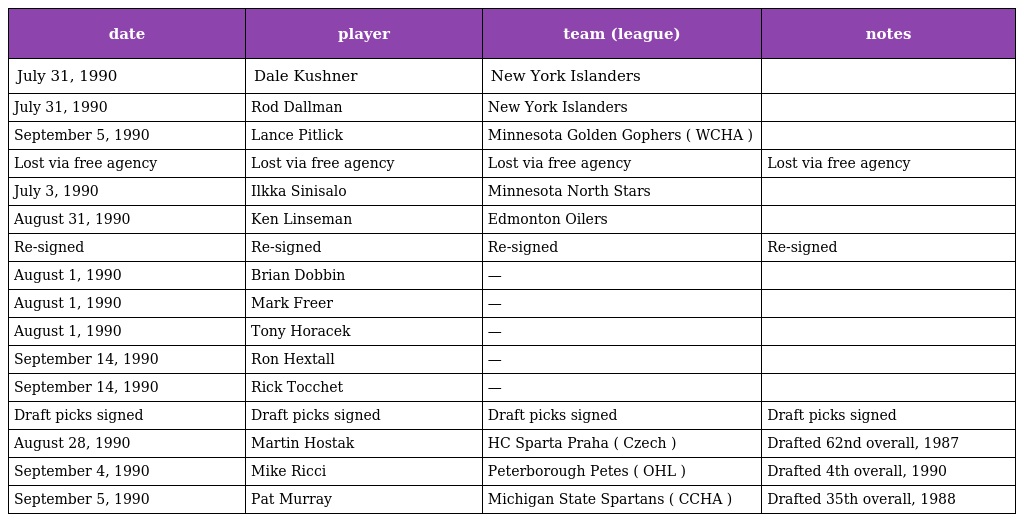
| date | player | team (league) | notes |
 | --- | --- | --- | --- |
 | July 31, 1990 | Dale Kushner | New York Islanders |  |
 | July 31, 1990 | Rod Dallman | New York Islanders |  |
 | September 5, 1990 | Lance Pitlick | Minnesota Golden Gophers ( WCHA ) |  |
 | Lost via free agency | Lost via free agency | Lost via free agency | Lost via free agency |
 | July 3, 1990 | Ilkka Sinisalo | Minnesota North Stars |  |
 | August 31, 1990 | Ken Linseman | Edmonton Oilers |  |
 | Re-signed | Re-signed | Re-signed | Re-signed |
 | August 1, 1990 | Brian Dobbin | — |  |
 | August 1, 1990 | Mark Freer | — |  |
 | August 1, 1990 | Tony Horacek | — |  |
 | September 14, 1990 | Ron Hextall | — |  |
 | September 14, 1990 | Rick Tocchet | — |  |
 | Draft picks signed | Draft picks signed | Draft picks signed | Draft picks signed |
 | August 28, 1990 | Martin Hostak | HC Sparta Praha ( Czech ) | Drafted 62nd overall, 1987 |
 | September 4, 1990 | Mike Ricci | Peterborough Petes ( OHL ) | Drafted 4th overall, 1990 |
 | September 5, 1990 | Pat Murray | Michigan State Spartans ( CCHA ) | Drafted 35th overall, 1988 |